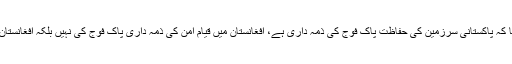
افغانستان کے حوالے سے جنرل قمر جاوید باجوہ نے واضح کیا کہ پاکستانی سرزمین کی حفاظت پاک فوج کی ذمہ داری ہے، افغانستان میں قیام امن کی ذمہ داری پاک فوج کی نہیں بلکہ افغانستان میں قیام امن کی ذمہ داری نیٹو اور افغان نیشنل آرمی کی ہے۔